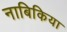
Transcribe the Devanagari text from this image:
नाबिकिया